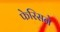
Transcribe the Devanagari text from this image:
फेरिसने